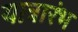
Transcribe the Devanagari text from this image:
यात्रारंभ